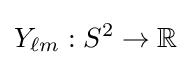
Y_{\ell m}:S^{2}\to \mathbb {R}